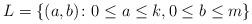
LaTeX: \begin{align*} L = \{(a,b) \colon 0 \le a \le k, 0 \le b \le m\} \end{align*}